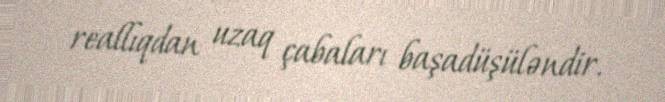
reallıqdan uzaq çabaları başadüşüləndir.